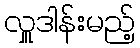
လှူဒါန်းမည့်